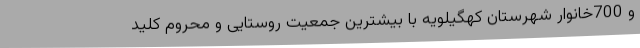
و 700خانوار شهرستان کهگیلویه با بیشترین جمعیت روستایی و محروم کلید